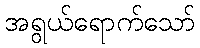
အရွယ်ရောက်သော်